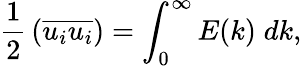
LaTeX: {\frac{1}{2}}\left({\overline{{u_{i}u_{i}}}}\right)=\int_{0}^{\infty}E(k)\; dk,